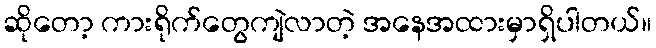
ဆိုတော့ ကားရိုက်တွေကျဲလာတဲ့ အနေအထားမှာရှိပါတယ်။